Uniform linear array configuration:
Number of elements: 4
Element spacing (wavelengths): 0.5
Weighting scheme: cosine
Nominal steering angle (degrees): -60
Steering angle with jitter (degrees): -59.531
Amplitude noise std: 0.05
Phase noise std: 0.05

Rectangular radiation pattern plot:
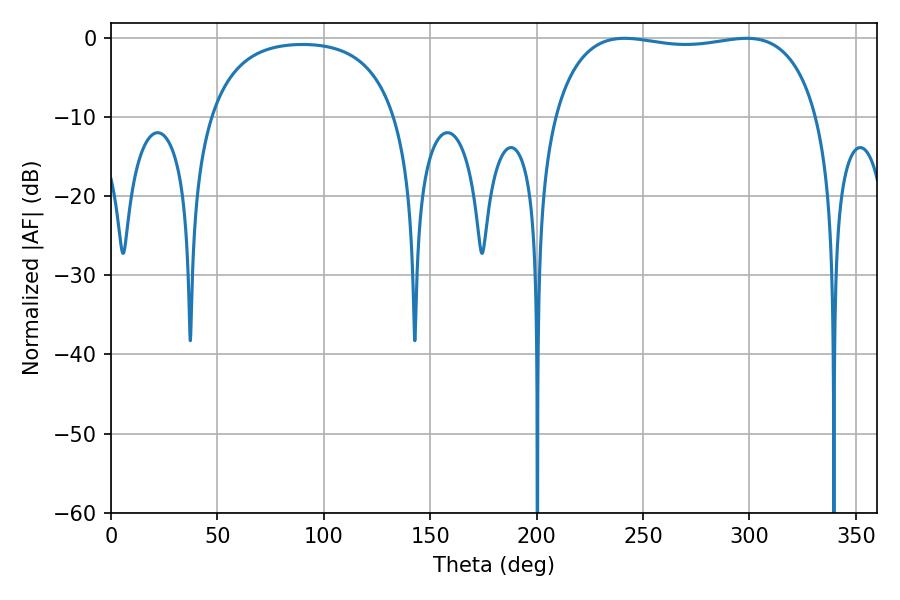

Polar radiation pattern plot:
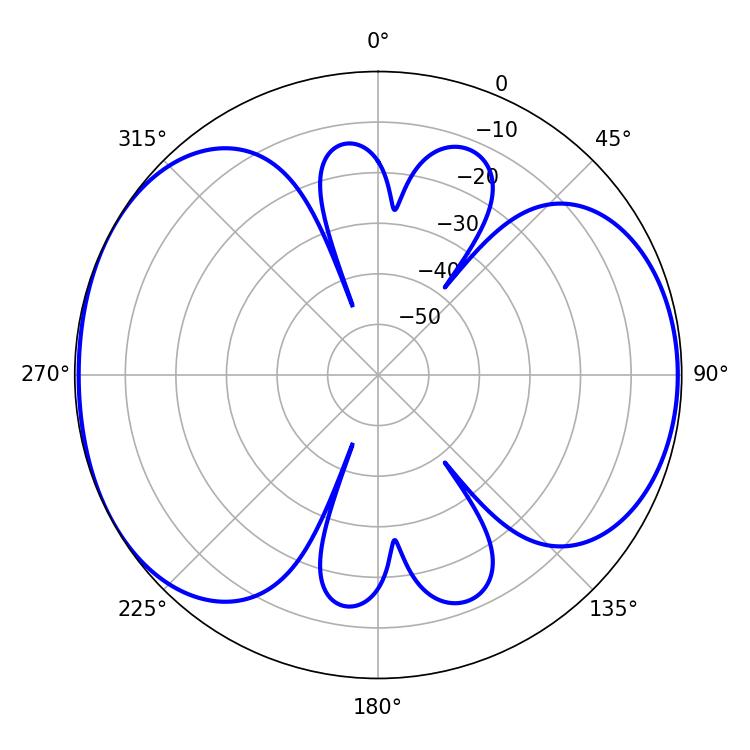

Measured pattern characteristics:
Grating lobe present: FALSE
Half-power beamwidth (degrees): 100.08
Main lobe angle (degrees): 298.62